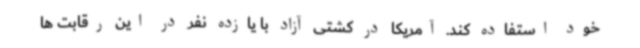
خود استفاده کند. آمریکا در کشتی آزاد با یازده نفر در این رقابت ها